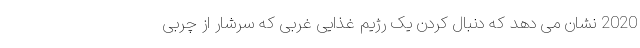
2020 نشان می دهد که دنبال کردن یک رژیم غذایی غربی که سرشار از چربی